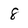
Character: 8